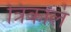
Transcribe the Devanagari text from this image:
त्रिकालं